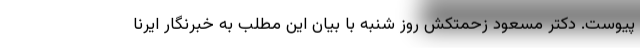
پیوست. دکتر مسعود زحمتکش روز شنبه با بیان این مطلب به خبرنگار ایرنا